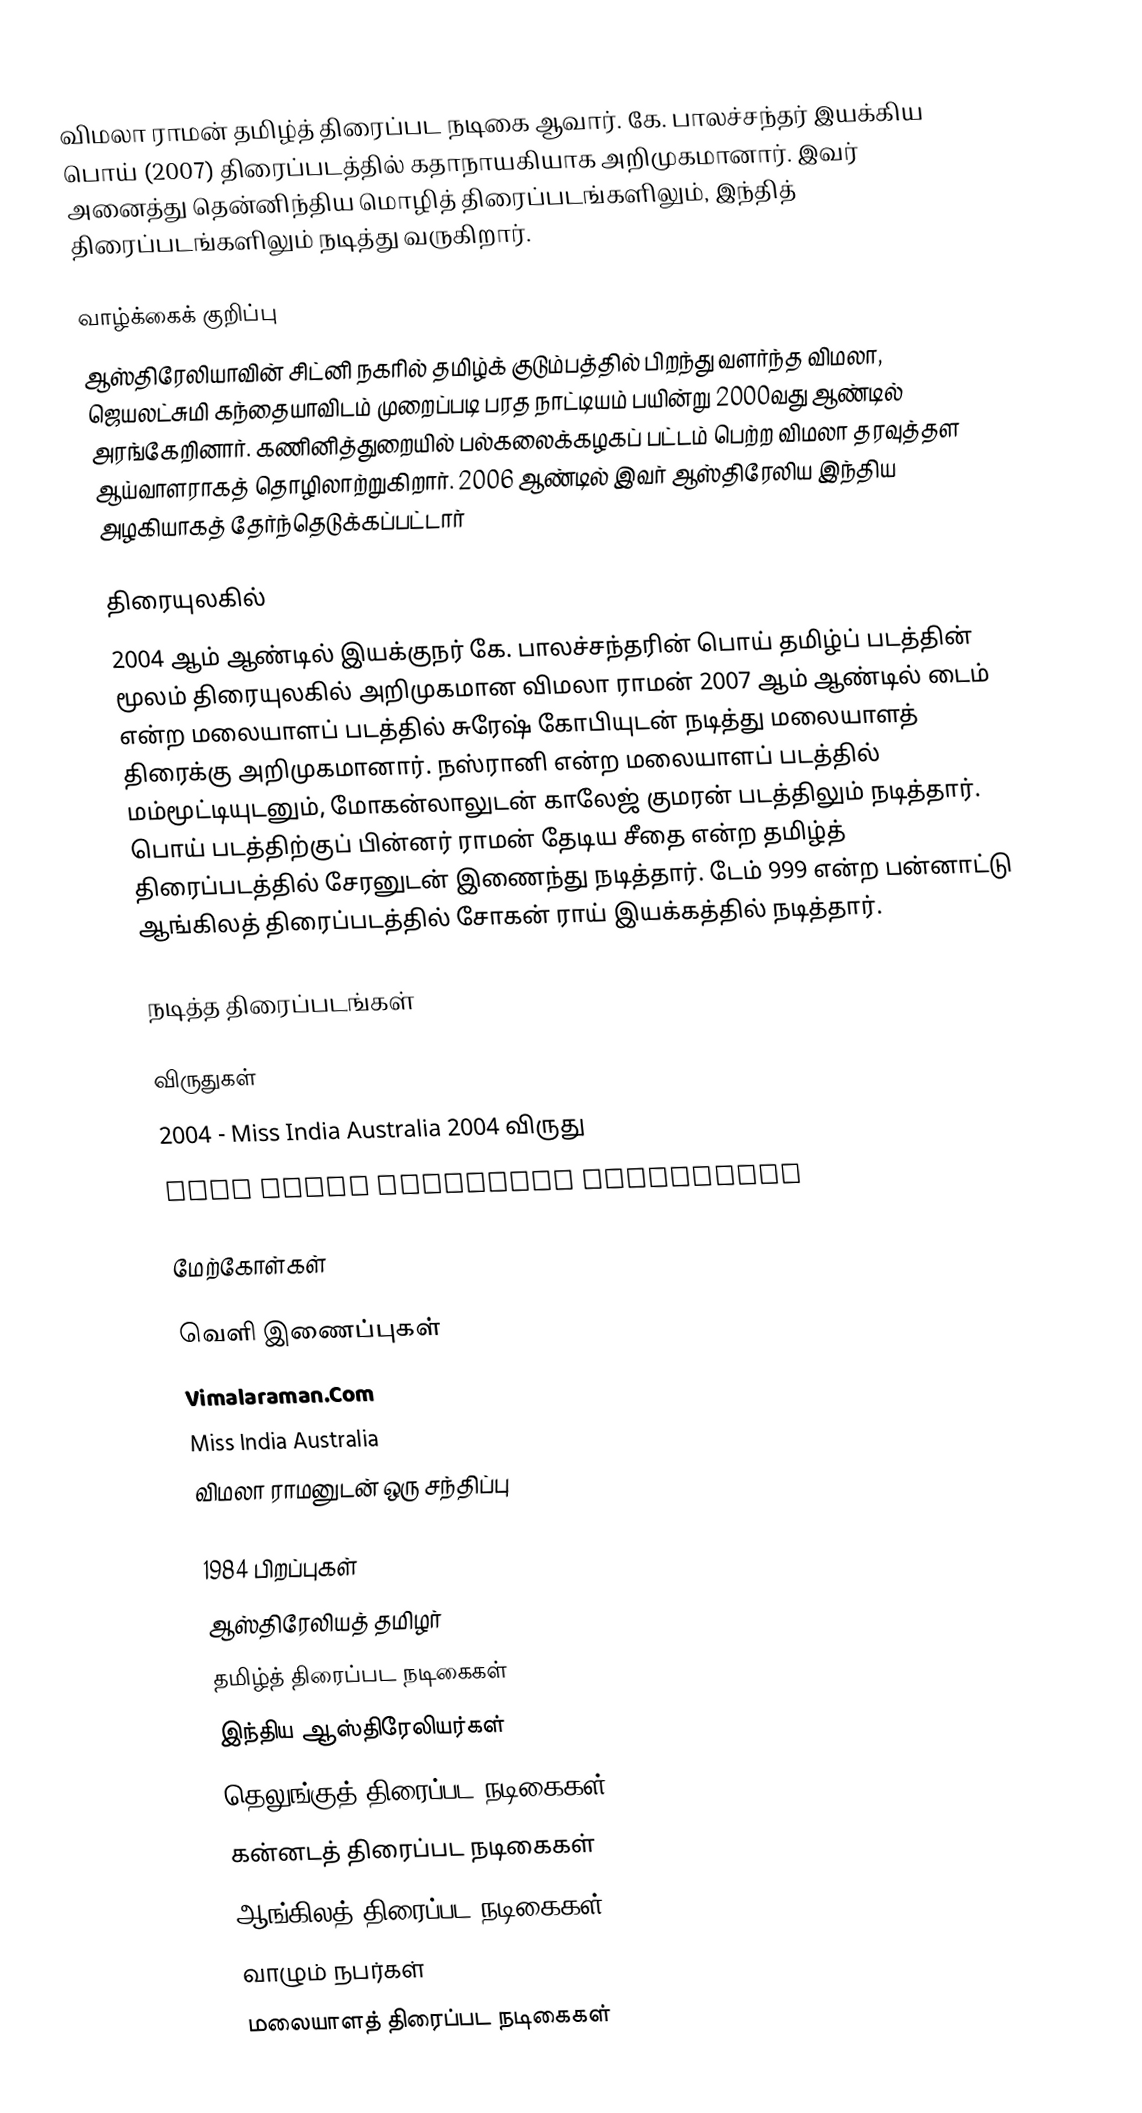
விமலா ராமன் தமிழ்த் திரைப்பட நடிகை ஆவார்.  கே. பாலச்சந்தர் இயக்கிய பொய் (2007) திரைப்படத்தில் கதாநாயகியாக அறிமுகமானார். இவர் அனைத்து தென்னிந்திய மொழித் திரைப்படங்களிலும், இந்தித் திரைப்படங்களிலும் நடித்து வருகிறார்.

வாழ்க்கைக் குறிப்பு
ஆஸ்திரேலியாவின் சிட்னி நகரில் தமிழ்க் குடும்பத்தில் பிறந்து வளர்ந்த விமலா, ஜெயலட்சுமி கந்தையாவிடம் முறைப்படி பரத நாட்டியம் பயின்று 2000வது ஆண்டில் அரங்கேறினார். கணினித்துறையில் பல்கலைக்கழகப் பட்டம் பெற்ற விமலா தரவுத்தள ஆய்வாளராகத் தொழிலாற்றுகிறார். 2006 ஆண்டில் இவர் ஆஸ்திரேலிய இந்திய அழகியாகத் தேர்ந்தெடுக்கப்பட்டார்

திரையுலகில்
2004 ஆம் ஆண்டில் இயக்குநர் கே. பாலச்சந்தரின் பொய் தமிழ்ப் படத்தின் மூலம் திரையுலகில் அறிமுகமான விமலா ராமன் 2007 ஆம் ஆண்டில் டைம் என்ற மலையாளப் படத்தில் சுரேஷ் கோபியுடன் நடித்து மலையாளத் திரைக்கு அறிமுகமானார். நஸ்ரானி என்ற மலையாளப் படத்தில் மம்மூட்டியுடனும், மோகன்லாலுடன் காலேஜ் குமரன் படத்திலும் நடித்தார். பொய் படத்திற்குப் பின்னர் ராமன் தேடிய சீதை என்ற தமிழ்த் திரைப்படத்தில் சேரனுடன் இணைந்து நடித்தார். டேம் 999 என்ற பன்னாட்டு ஆங்கிலத் திரைப்படத்தில் சோகன் ராய் இயக்கத்தில் நடித்தார்.

நடித்த திரைப்படங்கள்

விருதுகள்
 2004 - Miss India Australia 2004 விருது
 Miss India Australia CyberQueen

மேற்கோள்கள்

வெளி இணைப்புகள்
 Vimalaraman.Com
 Miss India Australia
 விமலா ராமனுடன் ஒரு சந்திப்பு

1984 பிறப்புகள்
ஆஸ்திரேலியத் தமிழர்
தமிழ்த் திரைப்பட நடிகைகள்
இந்திய ஆஸ்திரேலியர்கள்
தெலுங்குத் திரைப்பட நடிகைகள்
கன்னடத் திரைப்பட நடிகைகள்
ஆங்கிலத் திரைப்பட நடிகைகள்
வாழும் நபர்கள்
மலையாளத் திரைப்பட நடிகைகள்